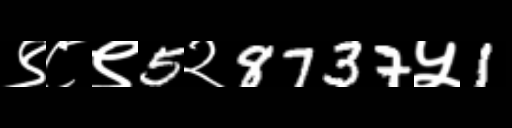
Text: ९८९5२8737५1